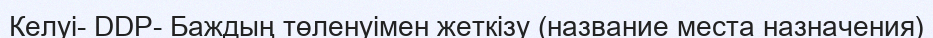
Келуі- DDP- Баждың төленуімен жеткізу (название места назначения)